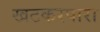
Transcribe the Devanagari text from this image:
खटकरपारा